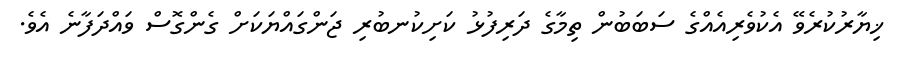
ޚިޔާރުކުރެވޭ އެކުވެރިއެއްގެ ސަބަބުން ތިމާގެ ދަރިފުޅު ކަށިކުނބުރި ޖަންގައްޔަކަށް ގެންގޮސް ވައްދަފާނެ އެވެ.